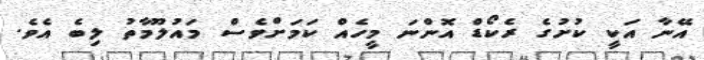
އޭނާ އަކީ ކުށުގެ ރެކޯޑް އޮންނަ މީހެއް ކަމަށްވެސް މައުލޫމާތު ލިބެ އެވެ.